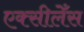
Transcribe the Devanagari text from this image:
एक्सीलेँस